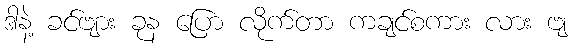
ဒါနဲ့ ခင်ဗျား ခုန ပြော လိုက်တာ ကချင်စကား လား ဗျ